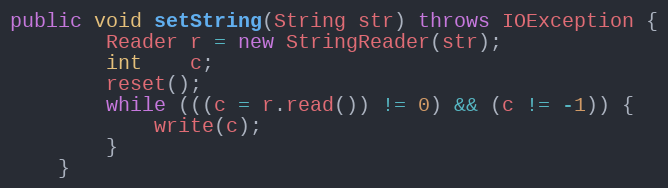
Language: Java
public void setString(String str) throws IOException {
        Reader r = new StringReader(str);
        int    c;
        reset();
        while (((c = r.read()) != 0) && (c != -1)) {
            write(c);
        }
    }